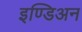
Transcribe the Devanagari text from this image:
इण्डिअन